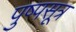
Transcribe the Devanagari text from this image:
पुष्पसूत्र